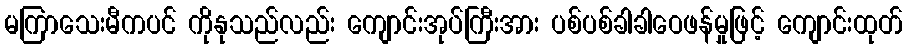
မကြာသေးမီကပင် ကိုနုသည်လည်း ကျောင်းအုပ်ကြီးအား ပစ်ပစ်ခါခါဝေဖန်မှုဖြင့် ကျောင်းထုတ်